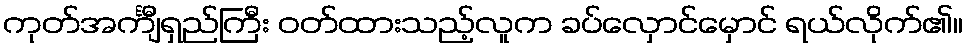
ကုတ်အင်္ကျီရှည်ကြီး ဝတ်ထားသည့်လူက ခပ်လှောင်မှောင် ရယ်လိုက်၏။